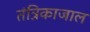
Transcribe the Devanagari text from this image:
तंत्रिकाजाल